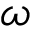
\omega